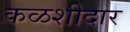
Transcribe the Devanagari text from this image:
कळशीदार